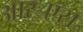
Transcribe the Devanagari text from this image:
आर॰एस॰